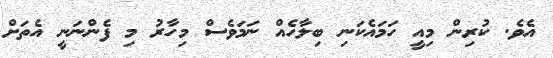
އެވެ. ކުރިން މިއީ ހަމައެކަނި ބިލާހެއް ނަމަވެސް މިހާރު މި ފެންނަނީ އެތަށް